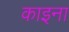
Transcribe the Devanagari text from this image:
काइना